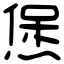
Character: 㷛